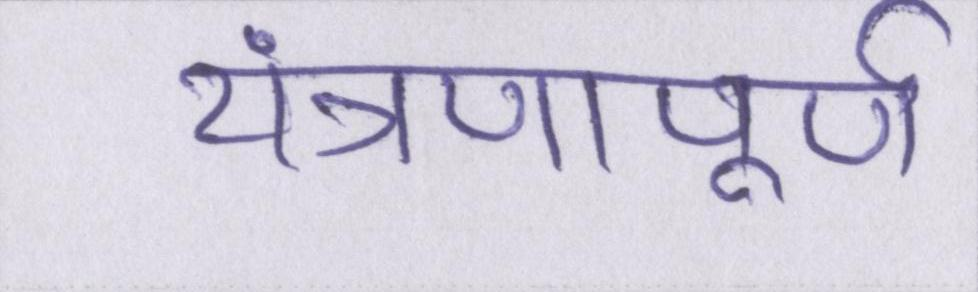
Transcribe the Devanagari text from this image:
यंत्रणापूर्ण